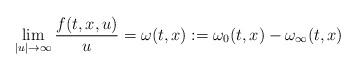
LaTeX: \begin{align*}\lim_{|u|\to \infty} \frac{f(t,x,u)}{u} = \omega (t,x) := \omega_0(t,x) - \omega_\infty (t,x)\end{align*}